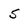
Character: 5